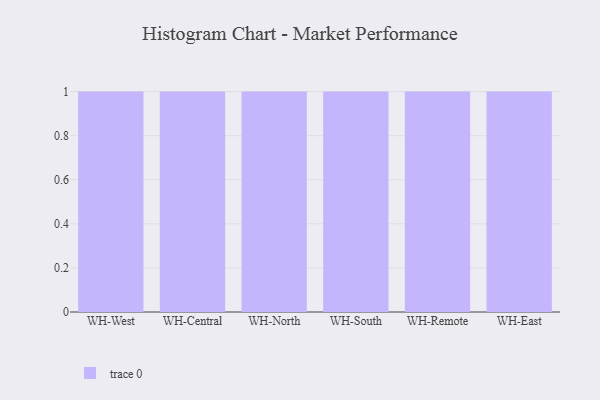
{"axis": {"x": "Warehouse", "y": "Production Output"}, "legend": [""], "data": [{"x": "WH-West", "y": 9, "type": ""}, {"x": "WH-Central", "y": 71, "type": ""}, {"x": "WH-North", "y": 19, "type": ""}, {"x": "WH-South", "y": 46, "type": ""}, {"x": "WH-Remote", "y": 12, "type": ""}, {"x": "WH-East", "y": 86, "type": ""}]}